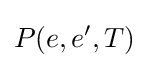
P(e,e',T)